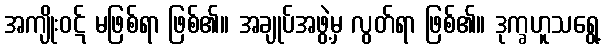
အကျိုးဝဋ် မဖြစ်ရာ ဖြစ်၏။ အချုပ်အဖွဲ့မှ လွတ်ရာ ဖြစ်၏။ ဒုက္ခဟူသရွေ့